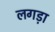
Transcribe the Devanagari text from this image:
लगड़ा